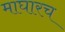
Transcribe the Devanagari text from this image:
माघारच